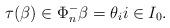
LaTeX: \begin{align*} \tau(\beta) \in \Phi^-_n \beta= \theta_i i \in I_0.\end{align*}